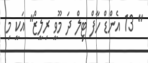
" 13 އެންޑް ހާފް ޓިލް ދަ މޫވީ ރިލީޒް" އަކީ މި